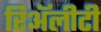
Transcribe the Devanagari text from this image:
रिॲलीटी